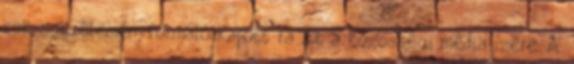
sok-sokvéleményformáló kapott rá itt a közösségi média ízére. A